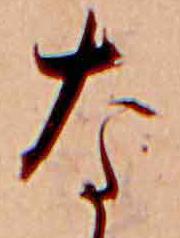
な